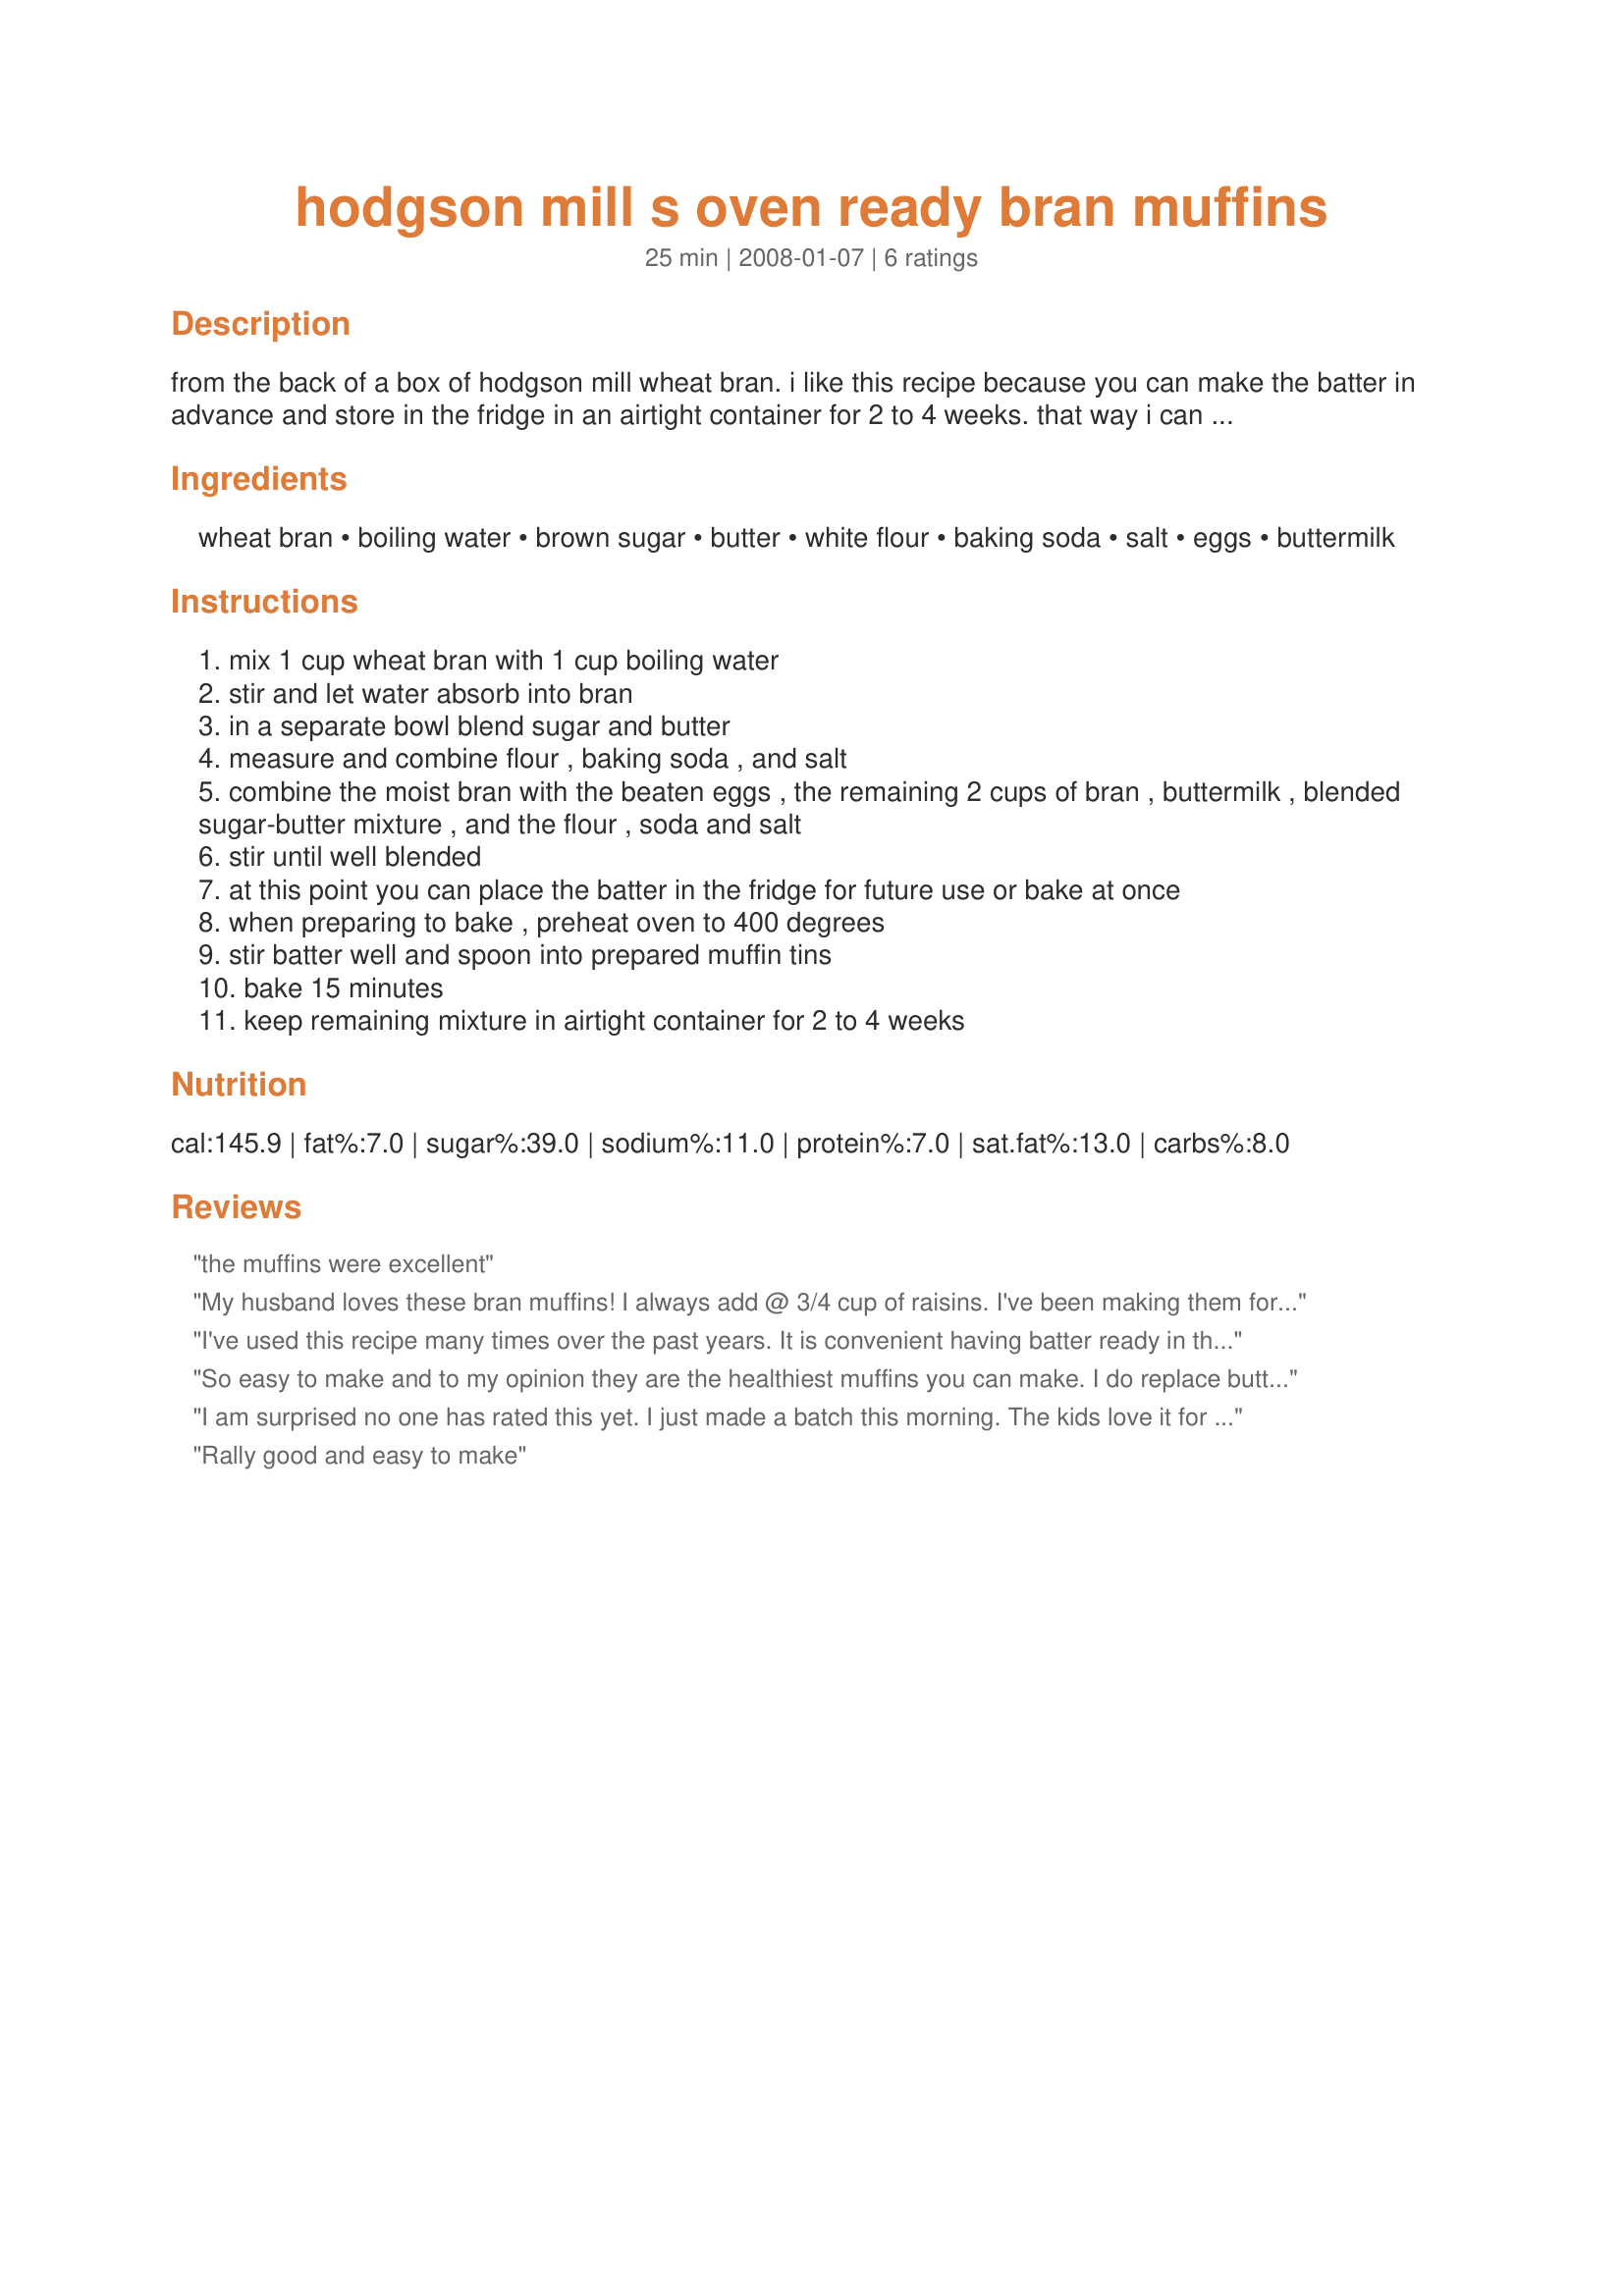
hodgson mill s oven ready bran muffins
Preparation time: 25 minutes

from the back of a box of hodgson mill wheat bran. i like this recipe because you can make the batter in advance and store in the fridge in an airtight container for 2 to 4 weeks. that way i can bake a few fresh muffins whenever i want without having to break out the mixer.

Ingredients:
wheat bran, boiling water, brown sugar, butter, white flour, baking soda, salt, eggs, buttermilk

Steps:
mix 1 cup wheat bran with 1 cup boiling water
stir and let water absorb into bran
in a separate bowl blend sugar and butter
measure and combine flour , baking soda , and salt
combine the moist bran with the beaten eggs , the remaining 2 cups of bran , buttermilk , blended sugar-butter mixture , and the flour , soda and salt
stir until well blended
at this point you can place the batter in the fridge for future use or bake at once
when preparing to bake , preheat oven to 400 degrees
stir batter well and spoon into prepared muffin tins
bake 15 minutes
keep remaining mixture in airtight container for 2 to 4 weeks

Reviews:
the muffins were excellent
My husband loves these bran muffins! I always add @ 3/4 cup of raisins. I've been making them for several years, baking up all of the batter and freezing half of them to enjoy later when I slice them in half and then microwave them for 15 seconds.
I've used this recipe many times over the past years. It is convenient having batter ready in the 'fridge for even a few muffins whenever they are wanted. I find the mild flavor and moist crumb very appetizing. Tey them warm with a tall glass of cold milk.
So easy to make and to my opinion they are the healthiest muffins you can make. I do replace butter with sunflower or canola oil (or any other oil that does not have too much flavor) and add to the mix some dried or frozen fruit, like raisins, apricots or prunes, blueberries, some chopped walnut. I also love to add some chia and poppy seeds (1/4 -1/3 cup each). <br/>. <br/>I shared this recipe with a couple of my friends and now we all make only these muffins, just with different fruits, nuts or seeds added to it. Absolutely delicious!
I am surprised no one has rated this yet. I just made a batch this morning. The kids love it for a quick breakfast. We scoop it in cups, add a filling (fresh fruit or pir filling) to the middle then put it in the micro for 1.5 min.
Rally good and easy to make
